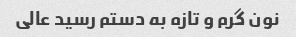
نون گرم و تازه به دستم رسید عالی